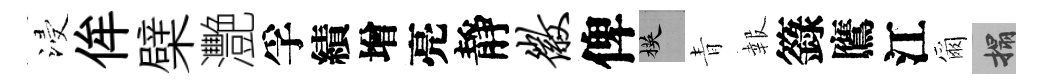
浸侔檗灧孚績增亮靜徽俾楧青報籙鷹江爾搨